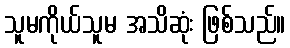
သူမကိုယ်သူမ အသိဆုံး ဖြစ်သည်။